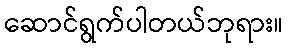
ဆောင်ရွက်ပါတယ်ဘုရား။